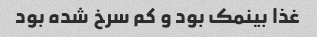
غذا بینمک بود و کم سرخ شده بود